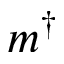
m ^ { \dagger }